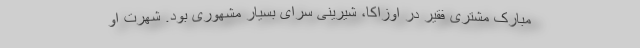
مبارک مشتری فقیر در اوزاکا، شیرینی سرای بسیار مشهوری بود. شهرت او